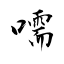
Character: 嚅